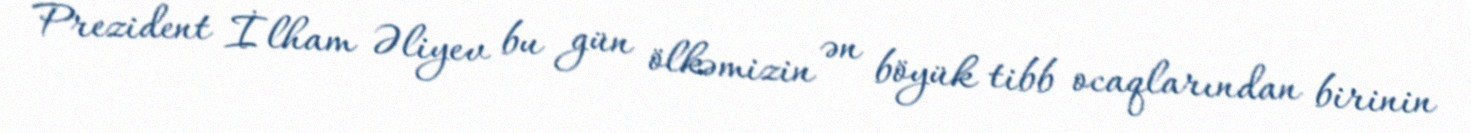
Prezident İlham Əliyev bu gün ölkəmizin ən böyük tibb ocaqlarından birinin